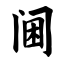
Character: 阃